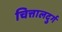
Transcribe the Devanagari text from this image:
चित्तालदुर्ग